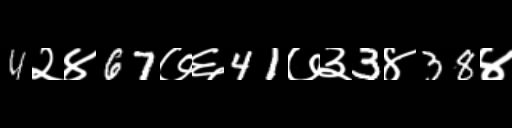
Text: 4२४67७६41७३3४38४